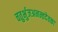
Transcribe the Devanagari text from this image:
चतुर्भुजअनन्तदेवका